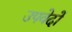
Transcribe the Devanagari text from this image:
उपवेदाें